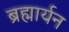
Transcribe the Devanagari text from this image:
ब्रह्मार्यन